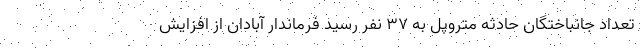
تعداد جانباختگان حادثه متروپل به ۳۷ نفر رسید فرماندار آبادان از افزایش